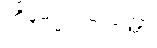
ထိနမိဒ္ဓသမ္ပယုတ္တာ